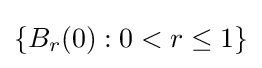
\{B_{r}(0):0<r\leq 1\}